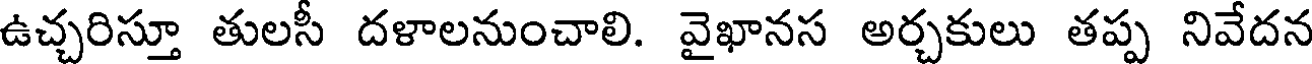
ఉచ్చరిస్తూ తులసీ దళాలనుంచాలి. వైఖానస అర్చకులు తప్ప నివేదన